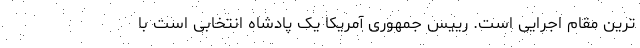
ترین مقام اجرایی است. رییس‌ جمهوری آمریکا یک پادشاه انتخابی است با